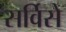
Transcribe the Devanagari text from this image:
सर्विसे